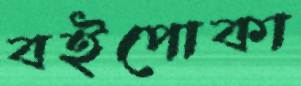
বইপোকা